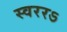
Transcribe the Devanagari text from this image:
स्वररऽ